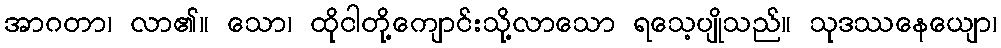
အာဂတာ၊ လာ၏။ သော၊ ထိုငါတို့ကျောင်းသို့လာသော ရသေ့ပျိုသည်။ သုဒဿနေယျော၊